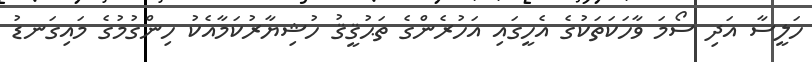
ހަލީސާ އަދި ސޯމަ ވާހަކަތަކުގެ އެހީގައި އަހުރެންގެ ތަޙުޤީޤު ހުޝިޔާރުކަމާއެކު ހިންގުމުގެ މައިގަނޑު